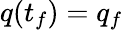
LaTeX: q(t_{f})=q_{f}